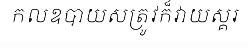
កលឧបាយសត្រូវក៏វាយស្គរ